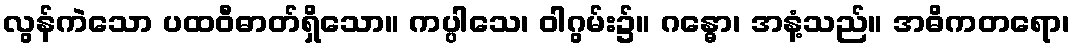
လွန်ကဲသော ပထဝီဓာတ်ရှိသော။ ကပ္ပါသေ၊ ဝါဂွမ်း၌။ ဂန္ဓော၊ အနံ့သည်။ အဓိကတရော၊